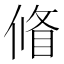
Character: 𠌪